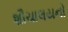
શૌચાલયનો